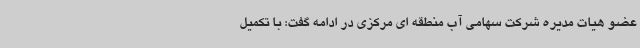
عضو هیات مدیره شرکت سهامی آب منطقه ای مرکزی در ادامه گفت: با تکمیل